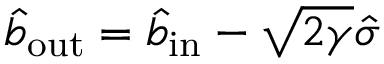
\hat { b } _ { \mathrm { o u t } } = \hat { b } _ { \mathrm { i n } } - \sqrt { 2 \gamma } \hat { \sigma }